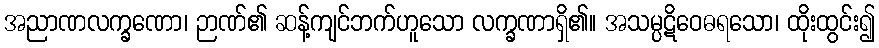
အညာဏလက္ခဏော၊ ဉာဏ်၏ ဆန့်ကျင်ဘက်ဟူသော လက္ခဏာရှိ၏။ အသမ္ပဋိဝေဓရသော၊ ထိုးထွင်း၍